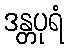
ဒန္တပုရံ